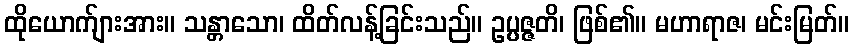
ထိုယောက်ျားအား။ သန္တာသော၊ ထိတ်လန့်ခြင်းသည်။ ဥပ္ပဇ္ဇတိ၊ ဖြစ်၏။ မဟာရာဇ၊ မင်းမြတ်။